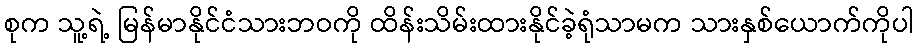
စုက သူ့ရဲ့ မြန်မာနိုင်ငံသားဘဝကို ထိန်းသိမ်းထားနိုင်ခဲ့ရုံသာမက သားနှစ်ယောက်ကိုပါ